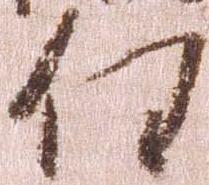
任